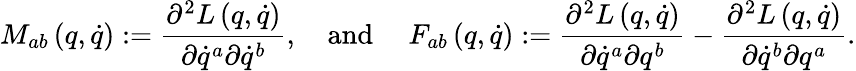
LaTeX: M_{ab}\left(q,\dot{q}\right):=\frac{\partial^{2}L\left(q,\dot{q}\right)}{\partial\dot{q}^{a}\partial\dot{q}^{b}},\quad\mathrm{and~}\quad F_{ab}\left(q,\dot{q}\right):=\frac{\partial^{2}L\left(q,\dot{q}\right)}{\partial\dot{q}^{a}\partial q^{b}}-\frac{\partial^{2}L\left(q,\dot{q}\right)}{\partial\dot{q}^{b}\partial q^{a}}.